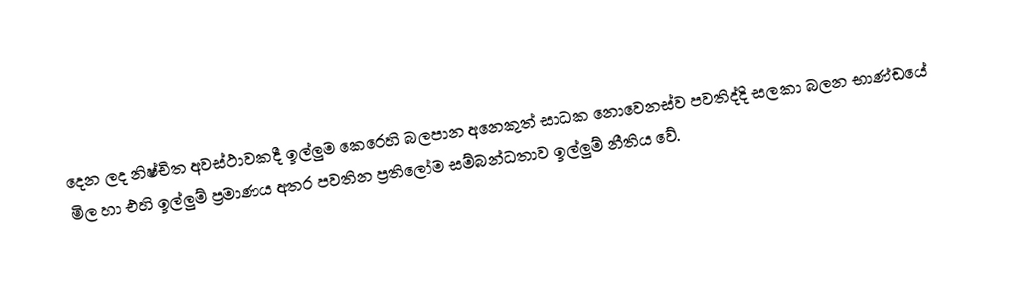
දෙන ලද නිෂ්චිත අවස්ථාවකදී ඉල්ලුම කෙරෙහි බලපාන අනෙකුත් සාධක නොවෙනස්ව පවතිද්දි සලකා බලන භාණ්ඩයේ මිල හා එහි ඉල්ලුම් ප්‍රමාණය අතර පවතින ප්‍රතිලෝම සම්බන්ධතාව ඉල්ලුම් නීතිය වේ.